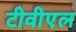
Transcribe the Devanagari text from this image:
टीवीएल